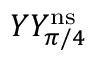
Y Y _ { \pi / 4 } ^ { \mathrm { n s } }